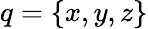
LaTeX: q=\{ x,y,z\}